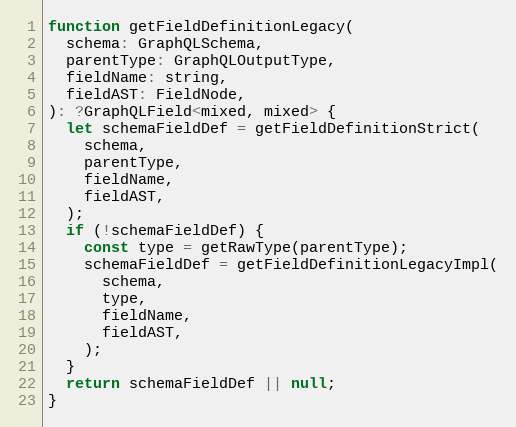
Language: JavaScript
function getFieldDefinitionLegacy(
  schema: GraphQLSchema,
  parentType: GraphQLOutputType,
  fieldName: string,
  fieldAST: FieldNode,
): ?GraphQLField<mixed, mixed> {
  let schemaFieldDef = getFieldDefinitionStrict(
    schema,
    parentType,
    fieldName,
    fieldAST,
  );
  if (!schemaFieldDef) {
    const type = getRawType(parentType);
    schemaFieldDef = getFieldDefinitionLegacyImpl(
      schema,
      type,
      fieldName,
      fieldAST,
    );
  }
  return schemaFieldDef || null;
}